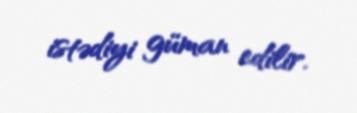
istədiyi güman edilir.